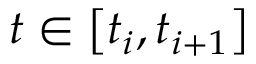
t \in \left[ t _ { i } , t _ { i + 1 } \right]